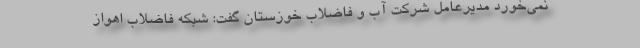
نمی‌خورد مدیرعامل شرکت آب و فاضلاب خوزستان گفت: شبکه فاضلاب اهواز